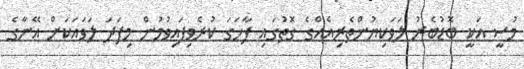
މުސީ އަކީ ބޮޑުބެރު ލަވަކިޔުންތެރިއެއްގެ ގޮތުގައި ފާހަގަ ކުރެވިފައިވުމުން މިފަދަ ލަވައަކަށް އޭނާގެ